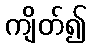
ကျိတ်၍